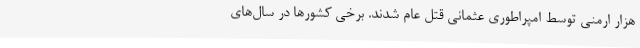
هزار ارمنی توسط امپراطوری عثمانی قتل عام شدند. برخی کشورها در سال‌های